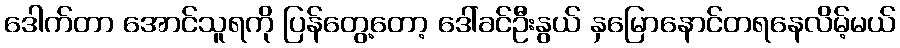
ဒေါက်တာ အောင်သူရကို ပြန်တွေ့တော့ ဒေါ်ခင်ဦးနွယ် နှမြောနောင်တရနေလိမ့်မယ်